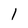
Character: 1